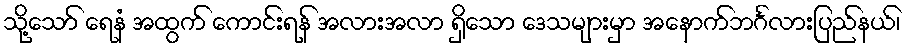
သို့သော် ရေနံ အထွက် ကောင်းရန် အလားအလာ ရှိသော ဒေသများမှာ အနောက်ဘင်္ဂလားပြည်နယ်၊